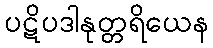
ပဋိပဒါနုတ္တရိယေန